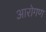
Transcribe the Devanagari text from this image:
आरोगण